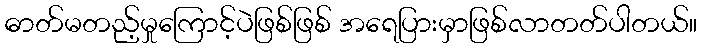
ဓာတ်မတည့်မှုကြောင့်ပဲဖြစ်ဖြစ် အရေပြားမှာဖြစ်လာတတ်ပါတယ်။